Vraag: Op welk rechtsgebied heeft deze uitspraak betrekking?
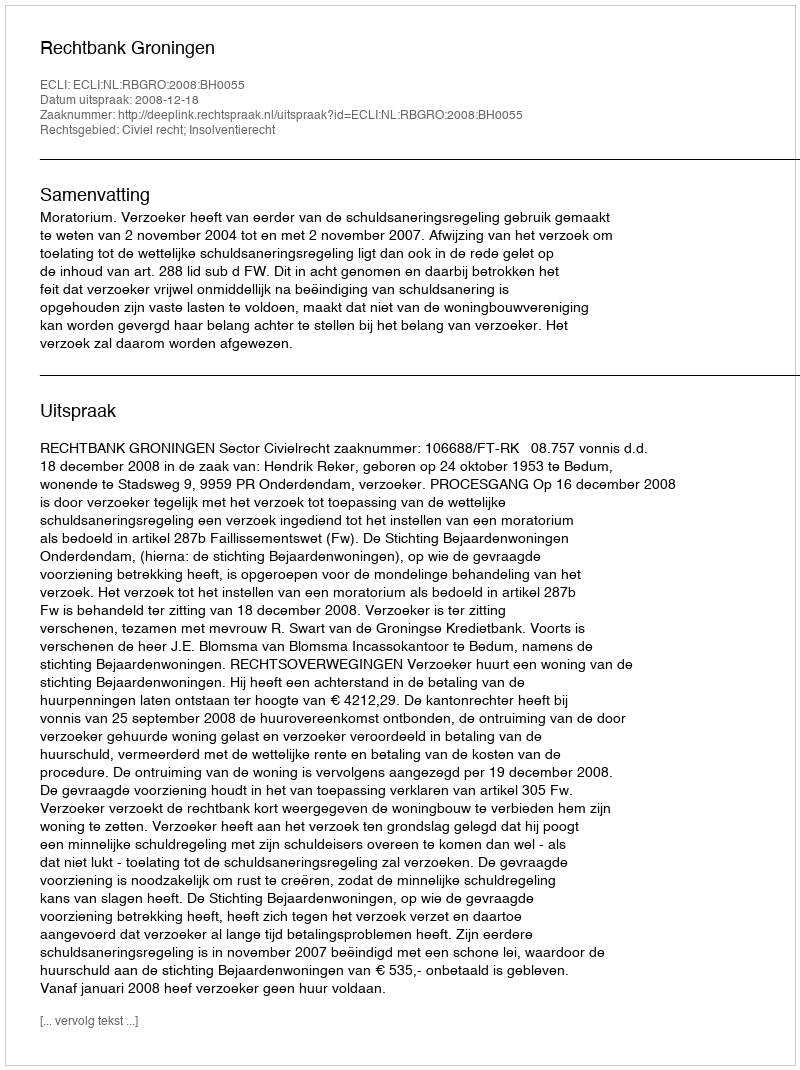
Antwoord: Civiel recht; Insolventierecht